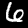
Label: 6